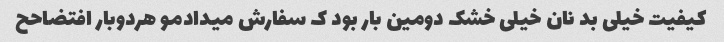
کیفیت خیلی بد نان خیلی خشک دومین بار بود ک سفارش میدادمو هردوبار افتضاحح